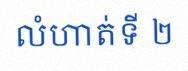
លំហាត់ទី ២